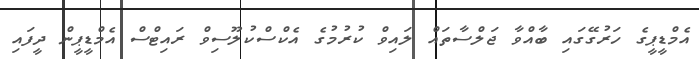
އެމްޑީޕީގެ ހަރުގޭގައި ބާއްވާ ޖަލްސާތައް ލައިވް ކުރުމުގެ އެކްސްކުލޫސިވް ރައިޓްސް އެމްޑީޕީން ދީފައި